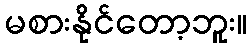
မစားနိုင်တော့ဘူး။